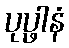
ပုပ္ဖါနံ